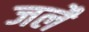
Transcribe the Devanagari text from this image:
जलै